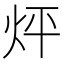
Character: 𤇊